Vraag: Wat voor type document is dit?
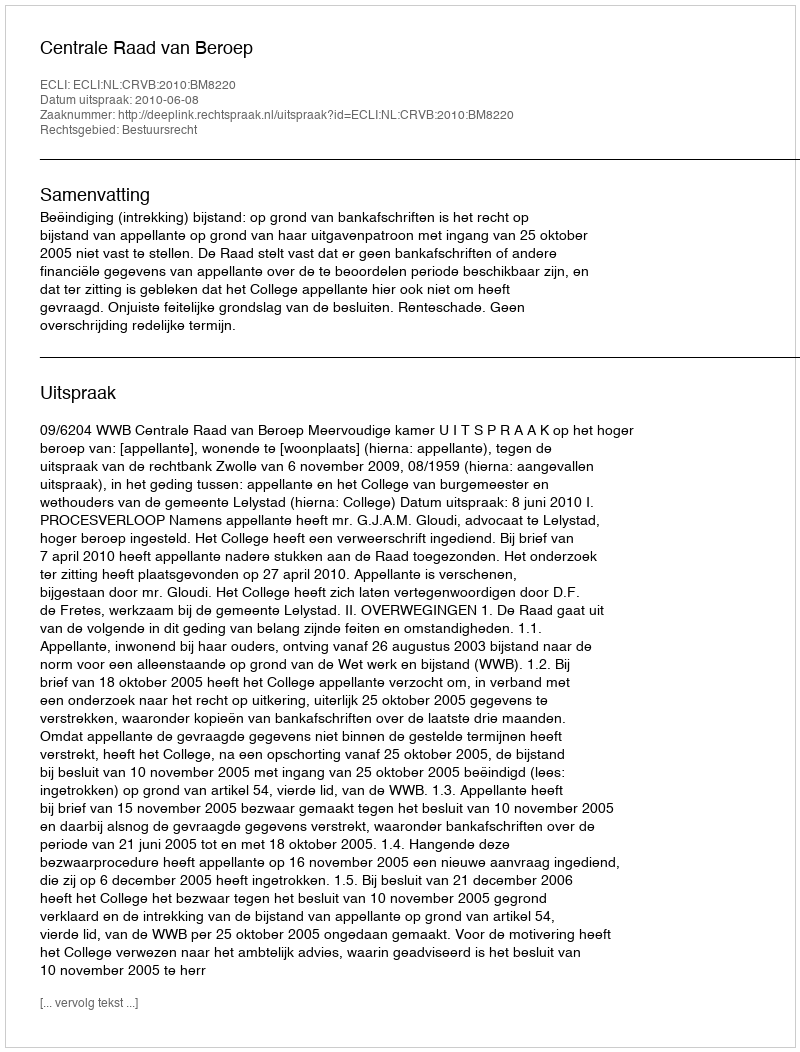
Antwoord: Uitspraak